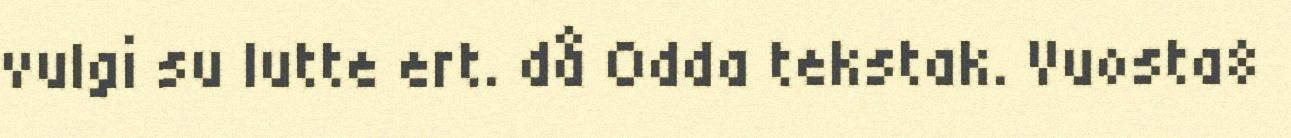
vulgi su lutte ert. då Odda tekstak. Vuosta8